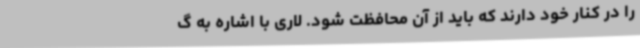
را در کنار خود دارند که باید از آن محافظت شود. لاری با اشاره به گ